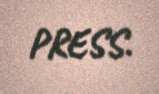
PRESS.